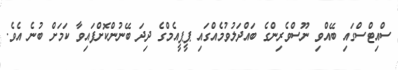
ސްއިޓްސްގައި ބޭއްވި ނޫސްވެރިންގެ ބައްދަލުވުމެއްގައި ޕީޕީއެމްގެ ދިދަ ބޭނުންކޮށްފައިވާ ކަމަށް ބުނެ އެވެ.